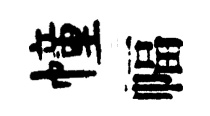
幢幅